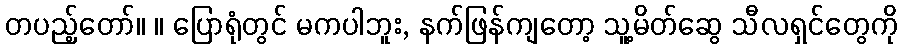
တပည့်တော်။ ။ ပြောရုံတွင် မကပါဘူး, နက်ဖြန်ကျတော့ သူ့မိတ်ဆွေ သီလရှင်တွေကို